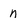
Character: n